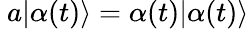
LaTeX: ~a|\alpha(t)\rangle=\alpha(t)|\alpha(t)\rangle